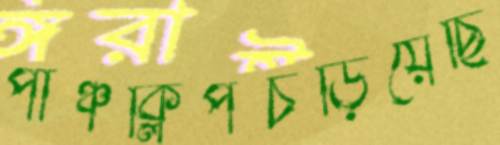
পাঞ্চক্লিপচড়িয়েছি